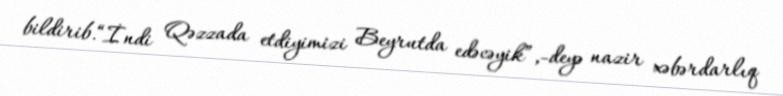
bildirib.“İndi Qəzzada etdiyimizi Beyrutda edəcəyik”,-deyə nazir xəbərdarlıq